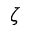
\zeta